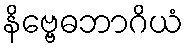
နိဗ္ဗေဓဘာဂိယံ